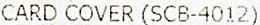
CARD COVER (SCB-4012)